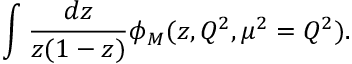
\int \frac { d z } { z ( 1 - z ) } \phi _ { M } ( z , Q ^ { 2 } , \mu ^ { 2 } = Q ^ { 2 } ) .